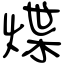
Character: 煠